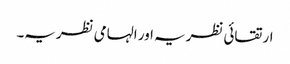
ارتقائی نظریہ اور الہامی نظریہ۔